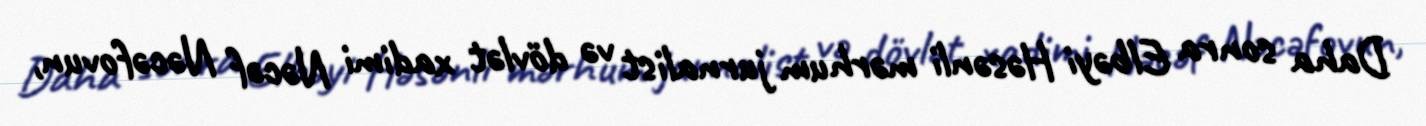
Daha sonra Elbəyi Həsənli mərhum jurnalist və dövlət xadimi Nəcəf Nəcəfovun,